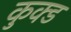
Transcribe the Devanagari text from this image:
कुक्ड